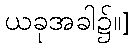
ယခုအခါ၌။]